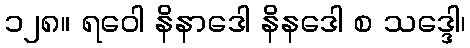
၁၂၈။ ရဝေါ နိနာဒေါ နိနဒေါ စ သဒ္ဒေါ၊